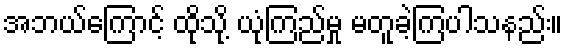
အဘယ်ကြောင့် ထိုသို့ ယုံကြည်မှု မတူခဲ့ကြပါသနည်း။